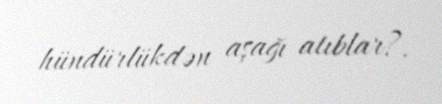
hündürlükdən aşağı atıblar?.